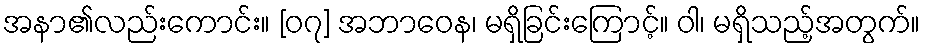
အနာ၏လည်းကောင်း။ [၀၇] အဘာဝေန၊ မရှိခြင်းကြောင့်။ ဝါ၊ မရှိသည့်အတွက်။